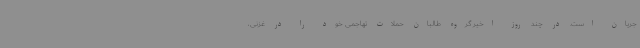
جریان است. در چند روز اخیر گروه طالبان حملات تهاجمی خود را در غزنی،